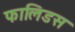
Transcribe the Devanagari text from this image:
फालिडस